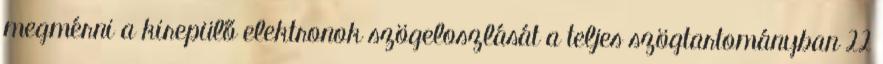
megmérni a kirepülő elektronok szögeloszlását a teljes szögtartományban 22